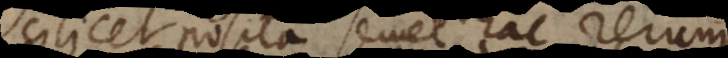
scilicet posita semel hac rerum